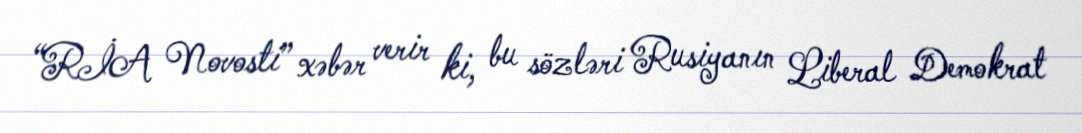
“RİA Novosti” xəbər verir ki, bu sözləri Rusiyanın Liberal Demokrat